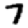
Digit: 7